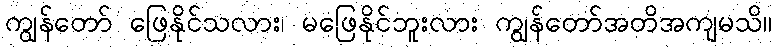
ကျွန်တော် ဖြေနိုင်သလား၊ မဖြေနိုင်ဘူးလား ကျွန်တော်အတိအကျမသိ။